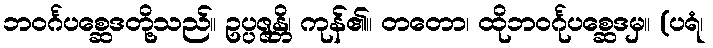
ဘဝင်္ဂပစ္ဆေဒတို့သည်။ ဥပ္ပဇ္ဇန္တိ၊ ကုန်၏။ တတော၊ ထိုဘဝင်္ဂုပစ္ဆေဒမှ။ (ပရံ၊